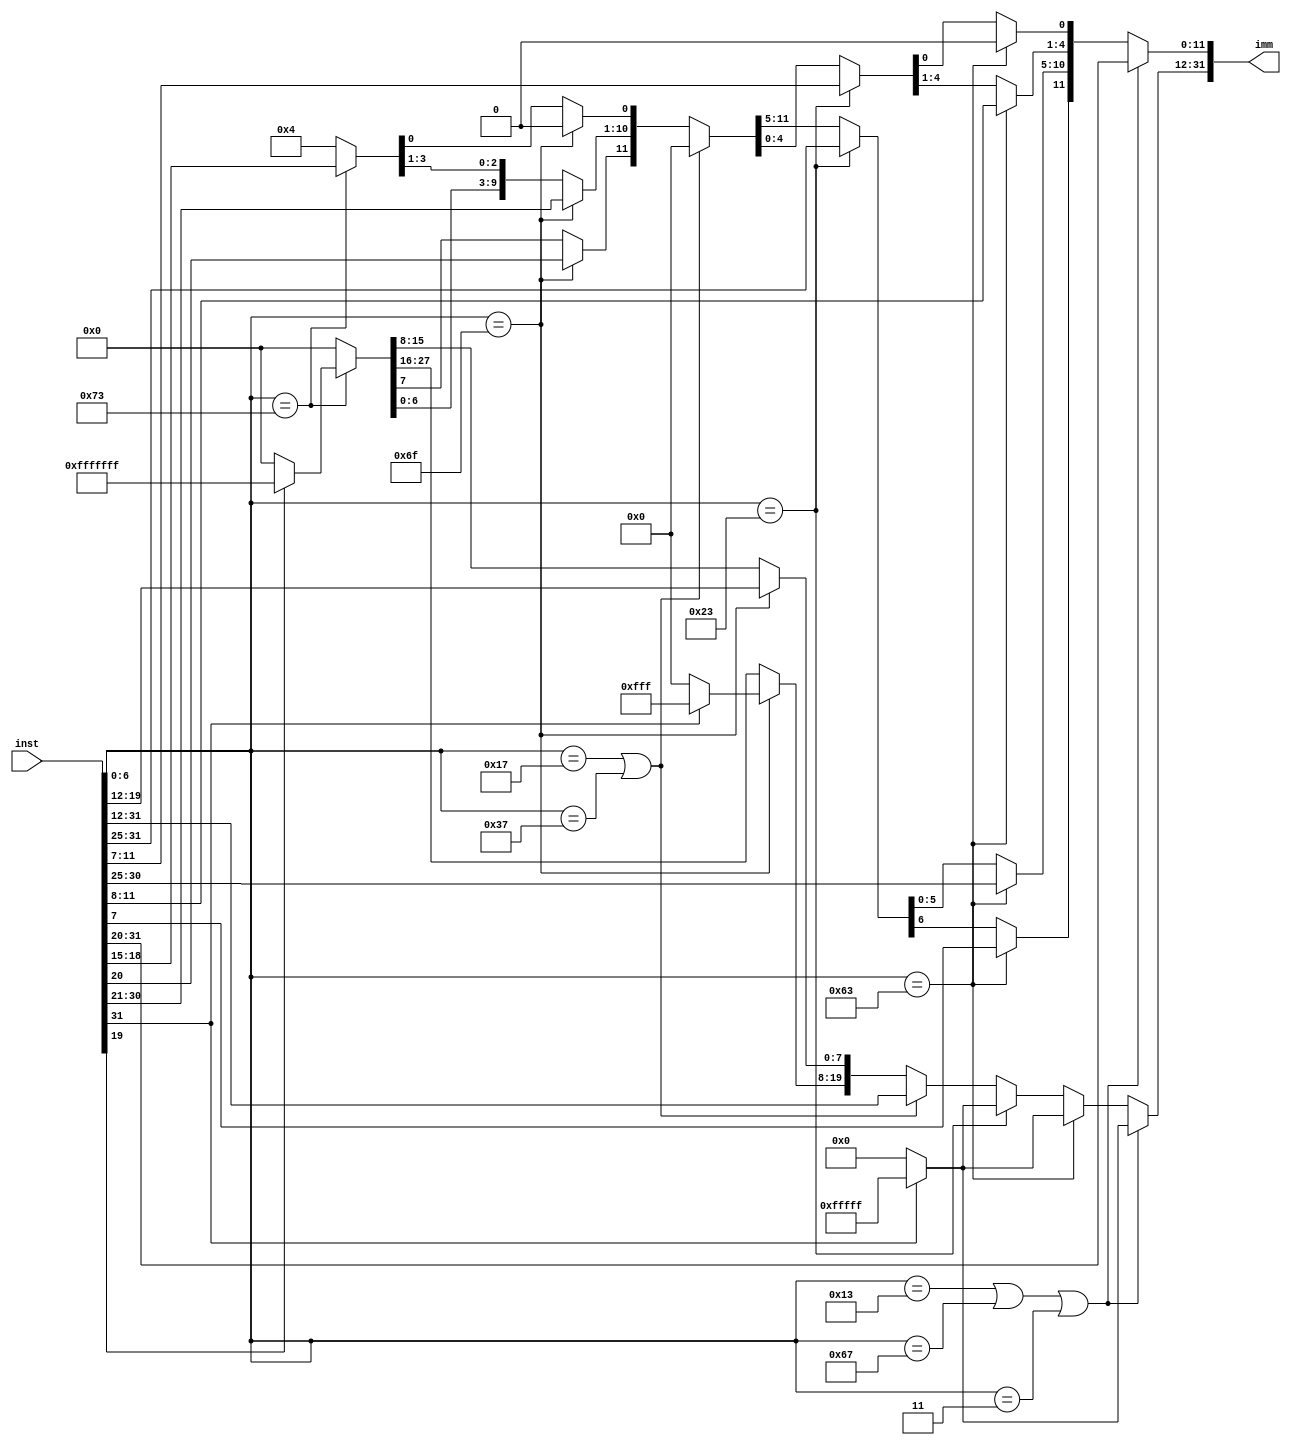
`timescale 1ns / 1ps
//////////////////////////////////////////////////////////////////////////////////
// Company: 
// Engineer: 
// 
// Design Name: 
// Module Name: imm_gen
// Project Name: 
// Target Devices: 
// Tool Versions: 
// Description: 
// 
// Dependencies: 
// 
// Revision:
// Revision 0.01 - File Created
// Additional Comments:
// 
//////////////////////////////////////////////////////////////////////////////////
`define Ul 7'b0110111
`define Ua 7'b0010111
`define Jj 7'b1101111
`define Ij 7'b1100111
`define B  7'b1100011 
`define Il 7'b0000011
`define S  7'b0100011
`define Ia 7'b0010011
`define Cr 7'b1110011  

module ImmGen(
    input wire [31:0] inst,
    output reg [31:0] imm
    );

    // input wire [31:0] inst;
    // output reg [31:0] imm;

    always @(inst) begin
        if(inst[6:0] == `Ia || inst[6:0] == `Ij || inst[6:0] == `Il) begin
          imm[11:0]     = inst[31:20];
          imm[31:12]    = inst[31] == 1'b1 ? 20'hfffff : 20'h0;
        end else if (inst[6:0] == `B) begin
          imm[0]        = 0;  
          imm[12]       = inst[31];
          imm[10:5]     = inst[30:25];
          imm[4:1]      = inst[11:8];
          imm[11]       = inst[7];
          imm[31:12]    = inst[31] == 1'b1 ? 20'hfffff : 20'h0;
        end else if (inst[6:0] == `S) begin
          imm[11:5]     = inst[31:25];
          imm[4:0]      = inst[11:7];
          imm[31:12]    = inst[31] == 1'b1 ? 20'hfffff : 20'h0;
        end else if (inst[6:0] == `Ua || inst[6:0] == `Ul) begin
          imm[31:12]    = inst[31:12];
          imm[11:0]     = 0;  
        end else if (inst[6:0] == `Jj) begin
          imm[31:0]     = 0;
          imm[20]       = inst[31];
          imm[10:1]     = inst[30:21];
          imm[11]       = inst[20];
          imm[19:12]    = inst[19:12];
          imm[31:20]    = inst[31] == 1'b1 ? 12'hfff: 12'h0;
        end else if (inst[6:0] == `Cr) begin
          imm[4:0]      = inst[19:15];
          imm[31:4]     = inst[19] == 1'b1 ? 28'hfffffff : 28'h0;
        end else begin
          imm = 32'd4;
        end
    end
endmodule